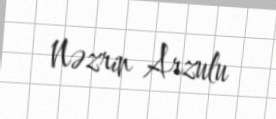
Nəzrin Arzulu